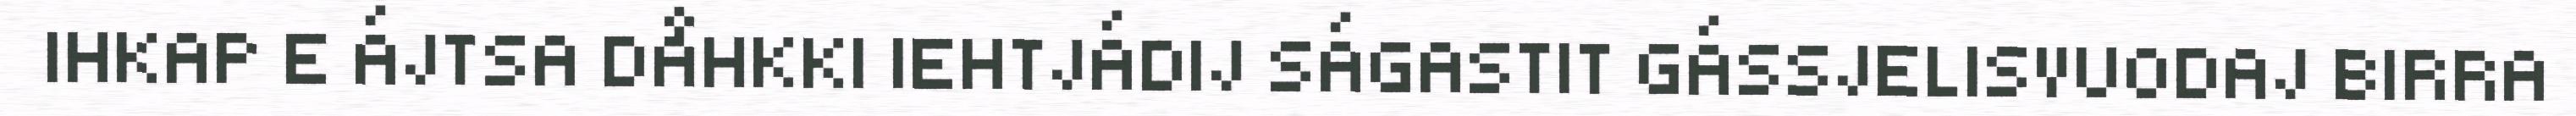
IHKAP E ÁJTSA DÅHKKI IEHTJÁDIJ SÁGASTIT GÁSSJELISVUODAJ BIRRA